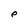
Character: e